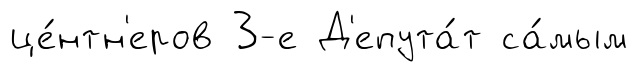
це́нтн'еров 3-е Д'епута́т са́мым